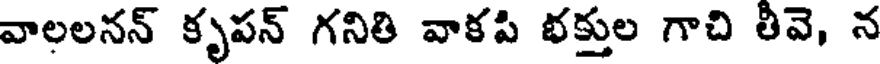
వాలలనన్ కృపన్ గనితి వాకపి భక్తుల గాచి తీవె, న